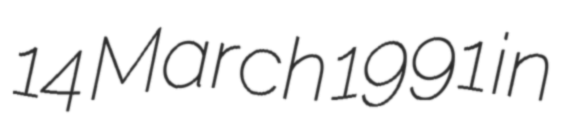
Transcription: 14 March 1991 in